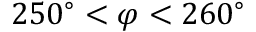
2 5 0 ^ { \circ } < \varphi < 2 6 0 ^ { \circ }